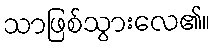
သာဖြစ်သွားလေ၏။